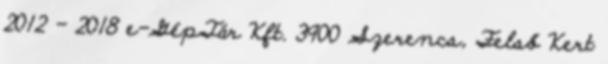
2012 - 2018 e-GépTár Kft. 3900 Szerencs, Felső Kert